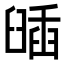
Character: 𦦈